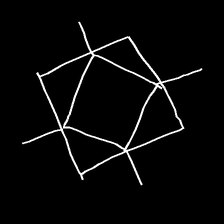
Glyph: light